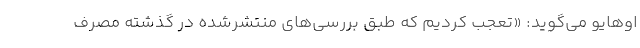
اوهایو می‌گوید: «تعجب کردیم که طبق بررسی‌های منتشرشده در گذشته مصرف